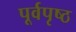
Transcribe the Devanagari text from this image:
पूर्वपृष्ठ